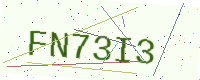
Text: FN73I3